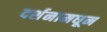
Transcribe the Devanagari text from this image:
दर्शनामधून